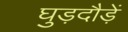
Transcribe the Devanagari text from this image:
घुड़दौड़ें